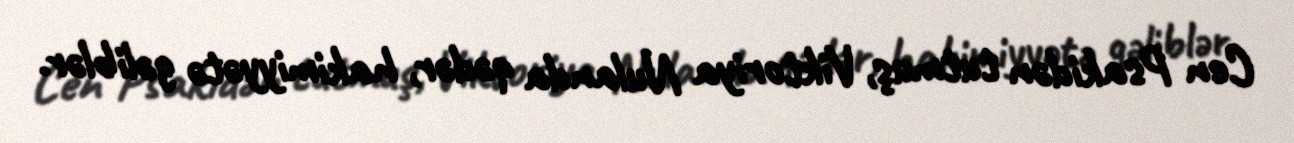
Cen Psakidən tutmuş, Viktoriya Nulanda qədər, hakimiyyətə gəliblər.